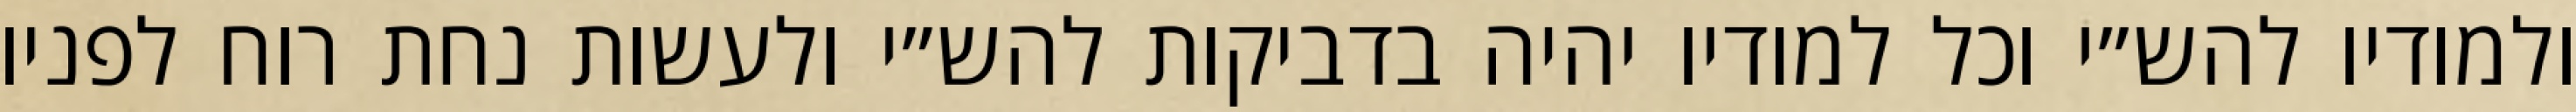
ולמודיו להש״י וכל למודיו יהיה בדביקות להש״י ולעשות נחת רוח לפניו